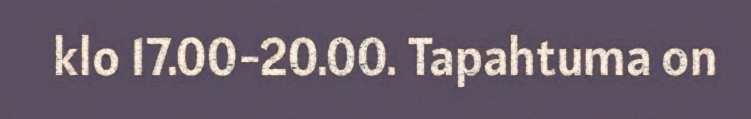
klo 17.00-20.00. Tapahtuma on